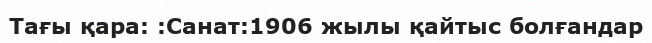
Тағы қара: :Санат:1906 жылы қайтыс болғандар